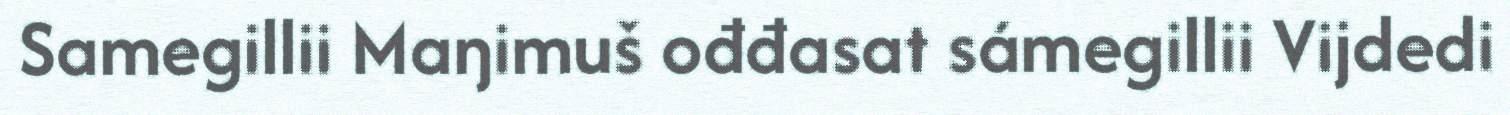
Samegillii Maŋimuš ođđasat sámegillii Vijdedi